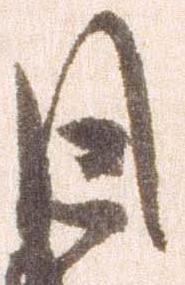
目